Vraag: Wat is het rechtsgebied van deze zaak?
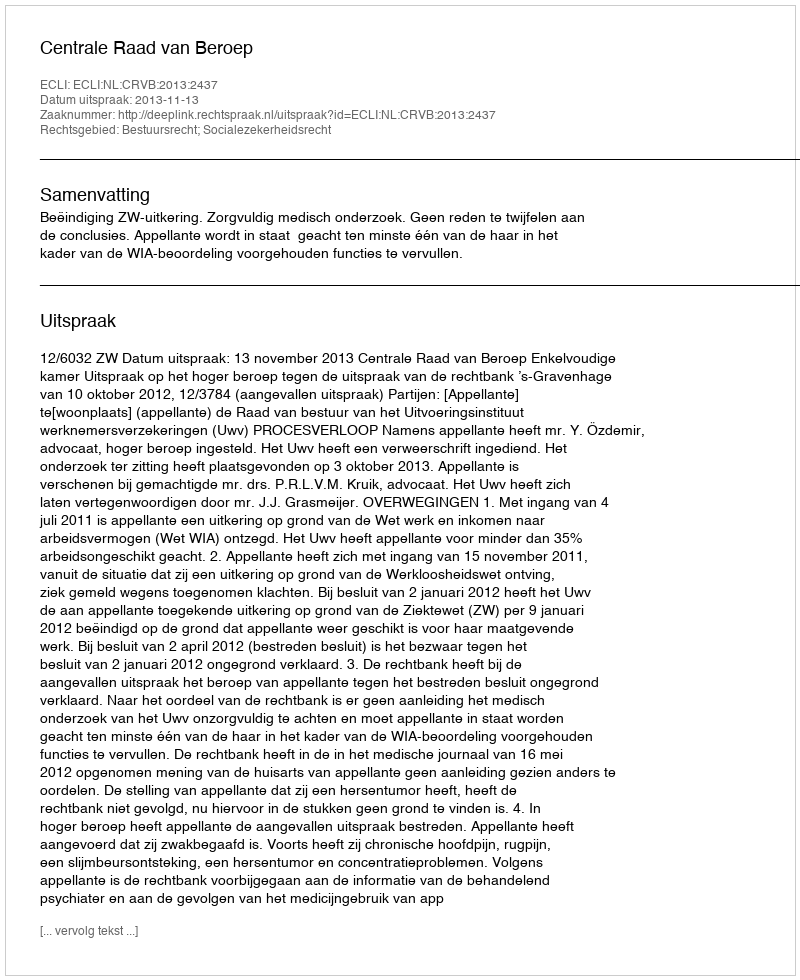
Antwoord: Bestuursrecht; Socialezekerheidsrecht